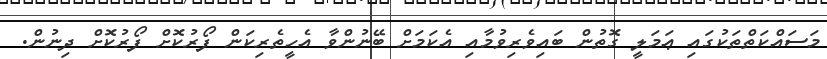
މަސައްކަތްތަކުގައި ޢަމަލީ ގޮތުން ބައިވެރިވުމާއި އެކަމަށް ބޭނުންވާ އެހީތެރިކަން ފޯރުކޮށް ފޯރުކޮށް ދިނުން.